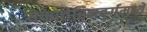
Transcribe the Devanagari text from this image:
येकातेरिनबुर्गमध्ये